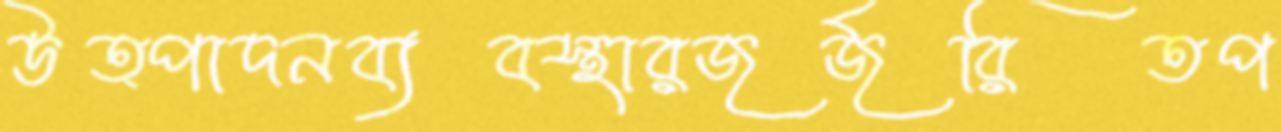
উত্পাদনব্যবস্থারজর্জরিতপ